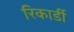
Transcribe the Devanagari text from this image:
रिकार्डी